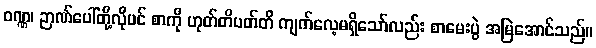
ဝဏ္ဏ၊ ဉာဏ်ပေါ်တို့လိုပင် စာကို ဟုတ်တိပတ်တိ ကျက်လေ့မရှိသော်လည်း စာမေးပွဲ အမြဲအောင်သည်။